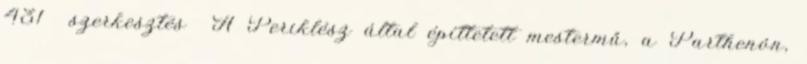
431 szerkesztés A Periklész által építtetett mestermű, a Parthenón,